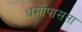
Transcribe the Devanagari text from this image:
धर्मोंपासना